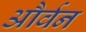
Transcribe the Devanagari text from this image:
और्वन